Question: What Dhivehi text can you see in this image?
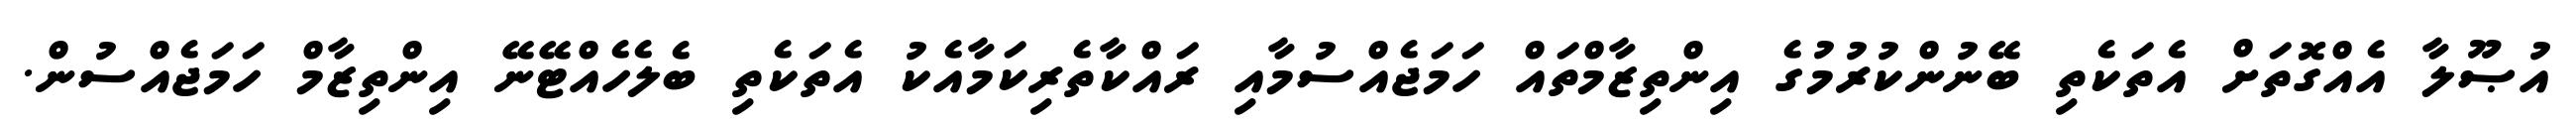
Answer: އުޞޫލާ އެއްގޮތަށް އެތަކެތި ބޭނުންކުރުމުގެ އިންތިޒާމްތައް ހަމަޖެއްސުމާއި ރައްކާތެރިކަމާއެކު އެތަކެތި ބެލެހެއްޓޭނޭ އިންތިޒާމް ހަމަޖެއްސުން.